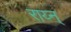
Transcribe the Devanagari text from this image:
राय्न्